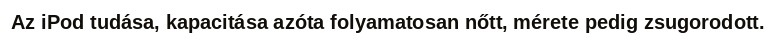
Az iPod tudása, kapacitása azóta folyamatosan nőtt, mérete pedig zsugorodott.